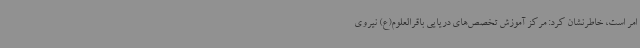
امر است، خاطرنشان کرد: مرکز آموزش تخصص‌های دریایی باقرالعلوم(ع) نیروی